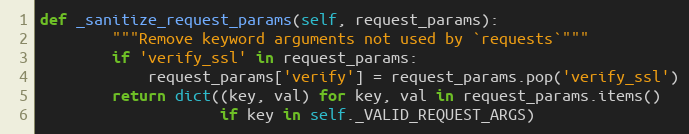
Language: Python
def _sanitize_request_params(self, request_params):
        """Remove keyword arguments not used by `requests`"""
        if 'verify_ssl' in request_params:
            request_params['verify'] = request_params.pop('verify_ssl')
        return dict((key, val) for key, val in request_params.items()
                    if key in self._VALID_REQUEST_ARGS)